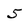
Character: 5